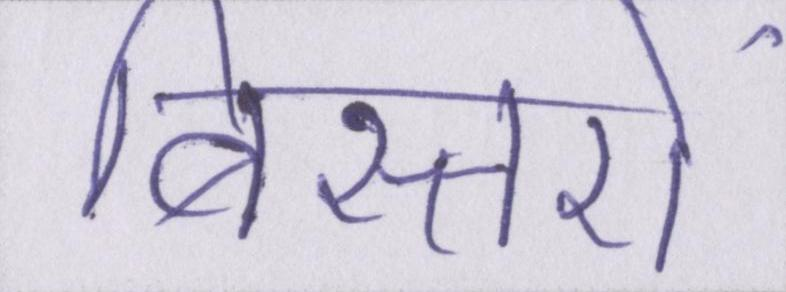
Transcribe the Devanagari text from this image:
बिस्तरों